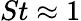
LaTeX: St\approx 1